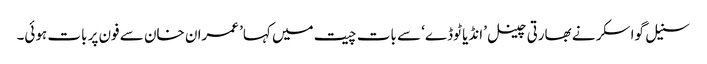
سنیل گواسکر نے بھارتی چینل ’انڈیا ٹوڈے‘ سے بات چیت میں کہا’ عمران خان سے فون پر بات ہوئی۔